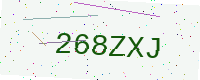
Text: 268ZXJ